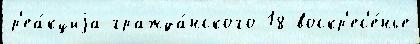
р'еа́кциjа гражда́нского 18 воскр'ес'е́нье